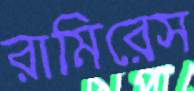
রামিরেস